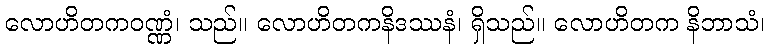
လောဟိတကဝဏ္ဏံ၊ သည်။ လောဟိတကနိဒဿနံ၊ ရှိသည်။ လောဟိတက နိဘာသံ၊